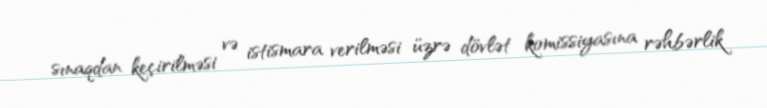
sınaqdan keçirilməsi və istismara verilməsi üzrə dövlət komissiyasına rəhbərlik